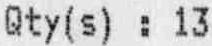
QTY(S) : 13